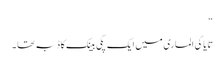
“
تایاکی الماری میں ایک پِگی بینک کا ڈبہ تھا ۔